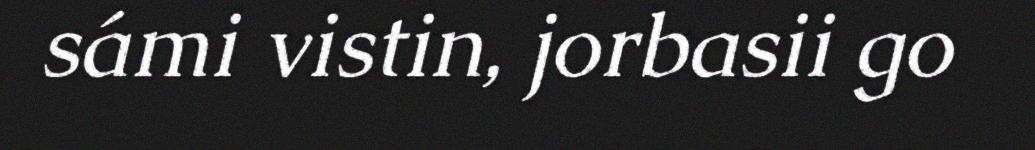
sámi vistin, jorbasii go